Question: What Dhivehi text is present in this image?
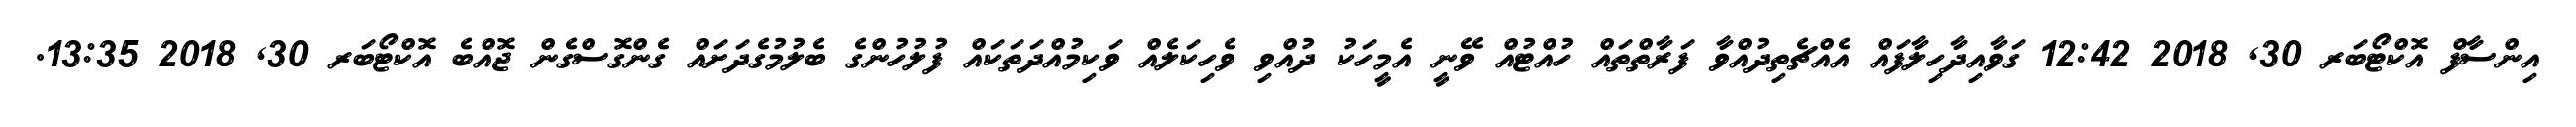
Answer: އިންސާފް އޮކްޓޯބަރ 30, 2018 12:42 ގަވާއިދާހިލާފައް އެއްޗެތިދުއްވާ ފަރާތްތައް ހުއްޓުއް ވޭނީ އެމީހަކު ދުއްވި ވެހިކަލެއް ވަކިމުއްދަތަކައް ފުލުހުންގެ ބެލުމުގެދަށައް ގެންގޮސްގެން ޖޮއްބެ އޮކްޓޯބަރ 30, 2018 13:35.